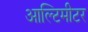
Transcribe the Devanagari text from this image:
आल्टिमीटर